Report on vaccination in Madras 1877-1894 - 1877-1894
Year: 1877
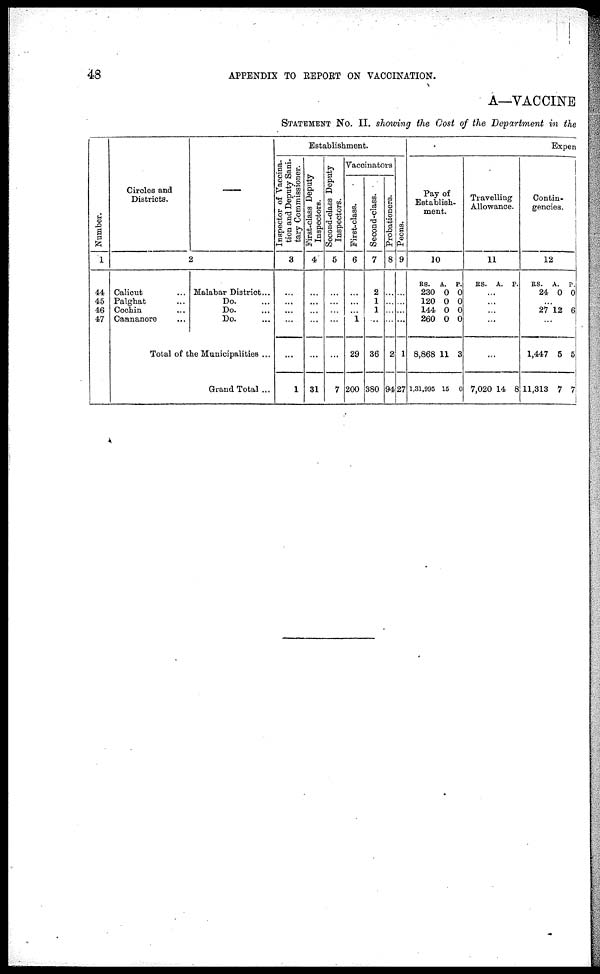
48
APPENDIX TO REPORT ON VACCINATION.
A—VACCINE
STATEMENT NO. II. showing the Cost of the Department in the
Number.
1
44
45
46
47
Circles and
Districts.
2
Calicut ...
Palghat ...
Cochin ...
Cannanore ...
Malabar District...
Do. ...
Do. ...
Do. ...
Total of the Municipalities ...
Grand Total ...
Establishment.
Inspector of Vaccina-
tion and Deputy Sani.
tary Commissioner.
3
...
...
...
...
...
1
First-class Deputy
Inspectors.
4
...
...
...
...
...
31
Second-class Deputy
Inspectors.
5
...
...
...
...
...
7
Vaccinators
First-class.
6
...
...
...
1
29
200
Second-class.
7
2
1
1
...
36
380
Probationers.
8
...
...
...
...
2
94
Peons.
9
...
...
...
...
1
27
Expen
Pay of
Establish.
meat.
10
RS.
230
120
144
260
8,868
1,31,995
A.
0
0
0
0
11
15
P.
0
0
0
0
3
0
Travelling
Allowance.
11
RS. A. P.
...
...
...
...
...
7,020 14 8
Contin-
gencies.
12
RS.
24
A.
0
P.
0
...
27 12 6
...
1,447
11,313
5
7
5
7